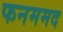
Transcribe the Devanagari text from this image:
फनममद